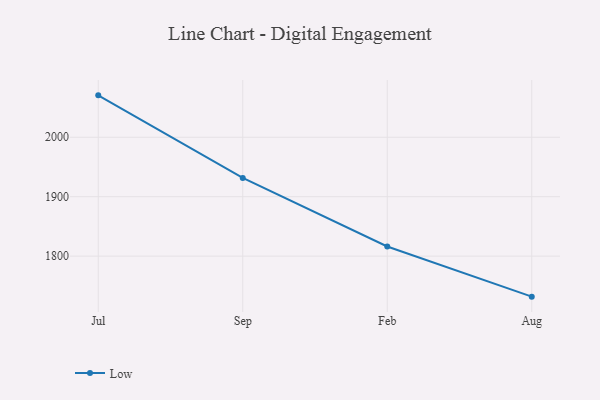
{"axis": {"x": "Month", "y": "Net Income (USD K)"}, "legend": ["Low"], "data": [{"x": "Jul", "y": 2070.4, "type": "Low"}, {"x": "Sep", "y": 1931.6, "type": "Low"}, {"x": "Feb", "y": 1816.3, "type": "Low"}, {"x": "Aug", "y": 1731.9, "type": "Low"}]}